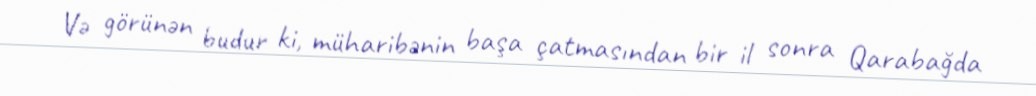
Və görünən budur ki, müharibənin başa çatmasından bir il sonra Qarabağda